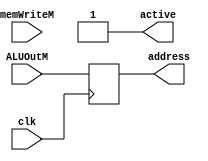
module memory (           clk,
                          ALUOutM,
                          active,
                          address,
                          memWriteM,
                          );
    input clk,memWriteM;

    output reg active = 1'b1;
    reg [31:0] address_reg;

    output reg [31:0] address;
    input [31:0] ALUOutM;
    
    always @(posedge clk) begin
        
        case(memWriteM)
            1'b0: address <= ALUOutM;
            1'b1: address <= ALUOutM;
        endcase
        
    end
    
endmodule